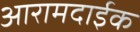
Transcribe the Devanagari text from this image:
आरामदाईक